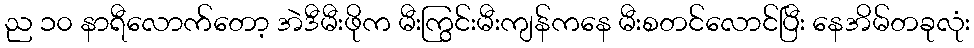
ည ၁၀ နာရီလောက်တော့ အဲဒီမီးဖိုက မီးကြွင်းမီးကျန်ကနေ မီးစတင်လောင်ပြီး နေအိမ်တခုလုံး